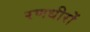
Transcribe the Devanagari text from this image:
रणधीरों